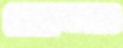
তোনও